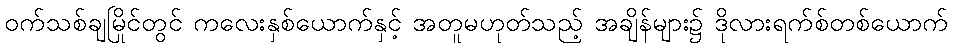
ဝက်သစ်ချမြိုင်တွင် ကလေးနှစ်ယောက်နှင့် အတူမဟုတ်သည့် အချိန်များ၌ ဒိုလားရက်စ်တစ်ယောက်